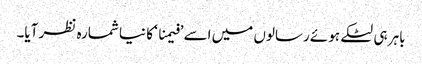
باہر ہی لٹکے ہوئے رسالوں میں اسے ’فیمنا ‘ کا نیا شمارہ نظر آیا۔